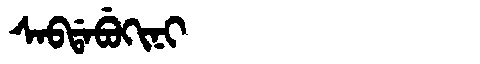
Manchu: ᠰᠠᠪᡩᠠᠪᡠᡴᡳᠨᡳ
Romanization: SABDABUKINI